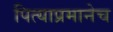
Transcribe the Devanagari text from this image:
पित्याप्रमानेच